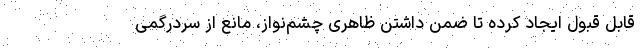
قابل قبول ایجاد کرده تا ضمن داشتن ظاهری چشم‌نواز، مانع از سردرگمی